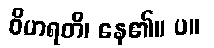
ဝိဟရတိ၊ နေ၏။ ပ။